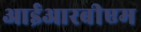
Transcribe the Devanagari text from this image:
आईआरबीएम